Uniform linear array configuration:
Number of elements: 24
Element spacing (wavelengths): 1
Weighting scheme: uniform
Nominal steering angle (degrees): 30
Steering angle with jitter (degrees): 31.758
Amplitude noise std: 0.05
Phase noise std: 0.05

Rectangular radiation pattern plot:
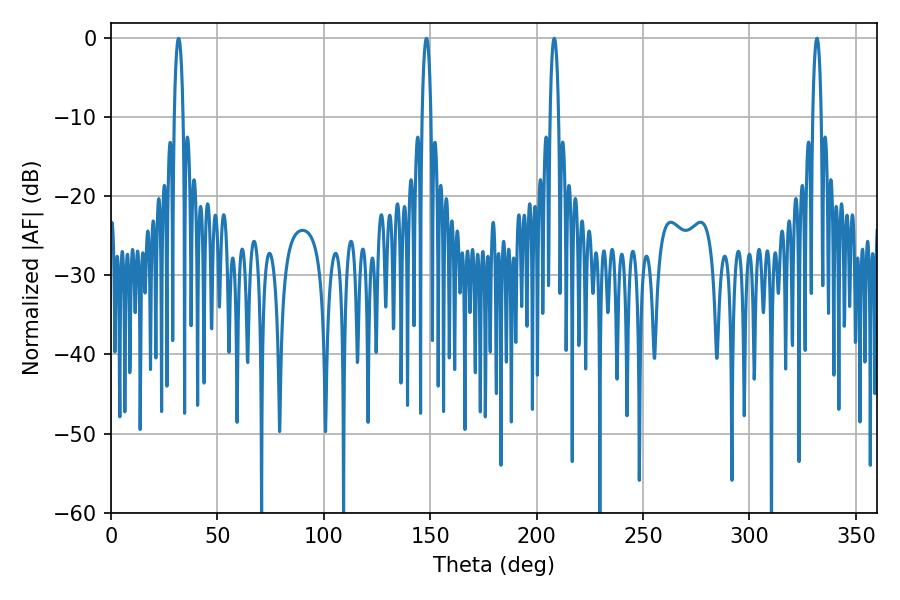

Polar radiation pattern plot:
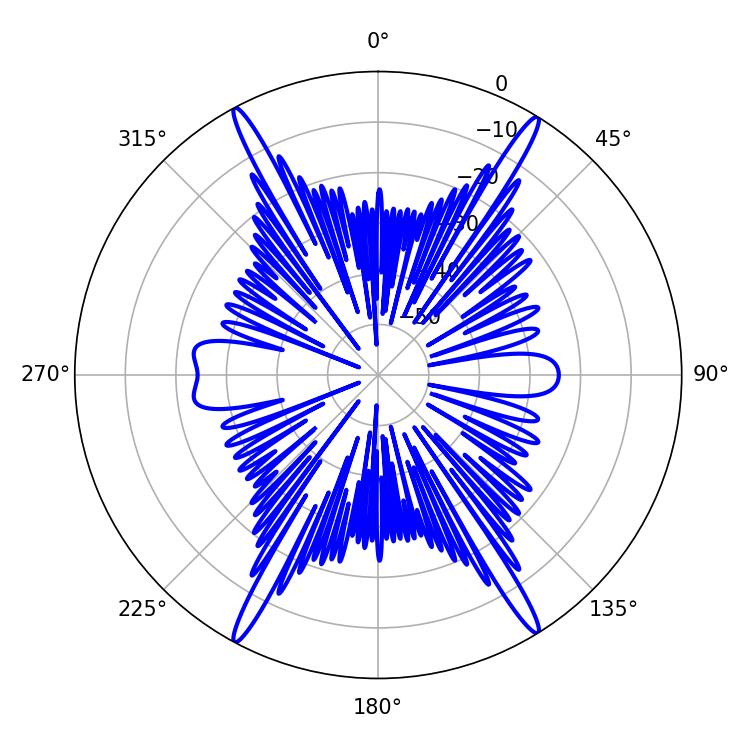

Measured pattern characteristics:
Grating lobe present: TRUE
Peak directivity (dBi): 24.989
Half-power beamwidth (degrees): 2.16
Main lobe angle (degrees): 208.26